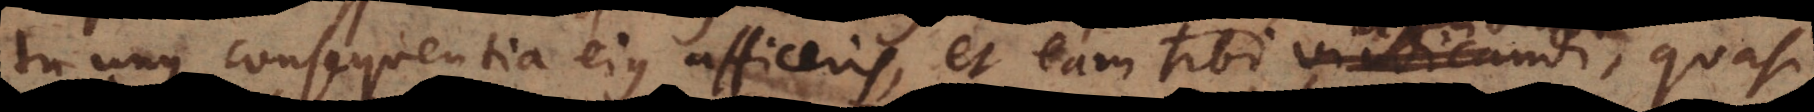
tu unus consequentia ejus afficeris, et eam tibi vindicandi, quasi